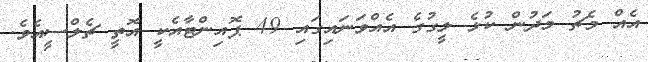
އެއް މެޗު މަދުން ކުޅެ ލީގުގެ އެއްވަނައިގައި 49 ޕޮއިންޓާއެކީ އޮތީ ޗެލްސީއެވެ.